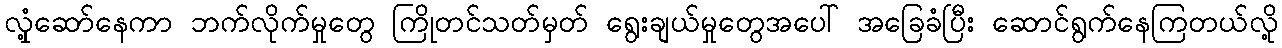
လှုံ့ဆော်နေကာ ဘက်လိုက်မှုတွေ ကြိုတင်သတ်မှတ် ရွေးချယ်မှုတွေအပေါ် အခြေခံပြီး ဆောင်ရွက်နေကြတယ်လို့